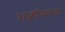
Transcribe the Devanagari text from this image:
अफ़्रीकाना